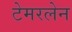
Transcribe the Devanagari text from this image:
टेमरलेन